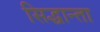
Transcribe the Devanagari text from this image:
सिद्धान्ता